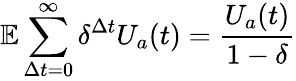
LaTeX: \mathbb{E}\sum_{\Delta t=0}^{\infty}\delta^{\Delta t}U_{a}(t)=\frac{U_{a}(t)}{1-\delta}